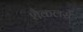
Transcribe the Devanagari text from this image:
शैकलर्स